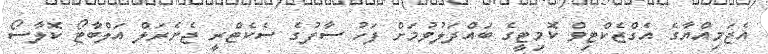
އެޖަމިއްޔާގެ އެގްޒެކްޓިވް ކޮމިޓީގެ ބައްދަލުވުމަށް ފަހު ސާފުގެ ސެކެޓްރީ ޖެނެރަލް އަލްބާޓޯ ކޮލާސޯ